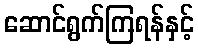
ဆောင်ရွက်ကြရန်နှင့်